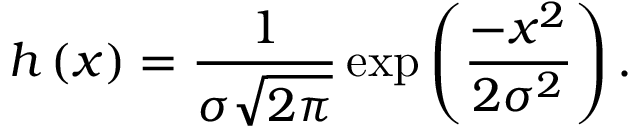
h \left( x \right) = \frac { 1 } { \sigma \sqrt { 2 \pi } } \exp \left( \frac { - x ^ { 2 } } { 2 \sigma ^ { 2 } } \right) .